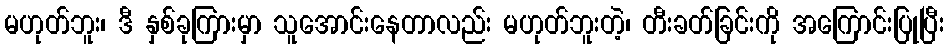
မဟုတ်ဘူး၊ ဒီ နှစ်ခုကြားမှာ သူအောင်းနေတာလည်း မဟုတ်ဘူးတဲ့၊ တီးခတ်ခြင်းကို အကြောင်းပြုပြီး